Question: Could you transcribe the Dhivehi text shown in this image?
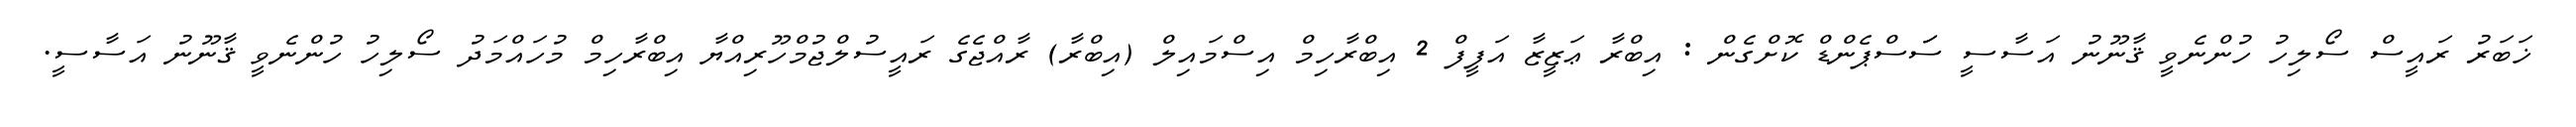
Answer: ޚަބަރު ރައީސް ސޯލިހު ހުންނެވީ ޤާނޫނު އަސާސީ ސަަސްޕެންޑް ކޮށްގެން : އިބްރާ ޢަޒީޒާ އަފީފް 2 އިބްރާހިމް އިސްމައިލް (އިބްރާ) ރާއްޖެގެ ރައީސުލްޖުމްހޫރިއްޔާ އިބްރާހިމް މުހައްމަދު ސޯލިހު ހުންނެވީ ޤާނޫނު އަސާސީ.